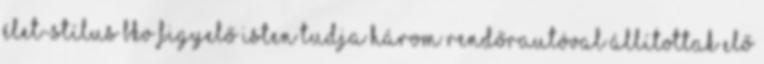
Élet-Stílus BKV figyelő Isten tudja Három rendőrautóval állítottak elő